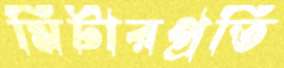
মিটারপ্রতি